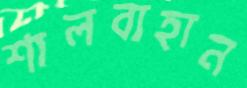
শালবাহান